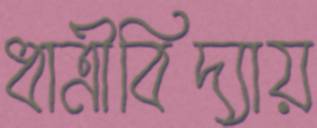
ধাত্রীবিদ্যায়